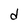
Character: d